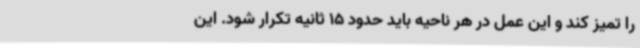
را تمیز کند و این عمل در هر ناحیه باید حدود 15 ثانیه تکرار شود. این